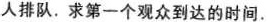
人排队。求第一个观众到达的时间。